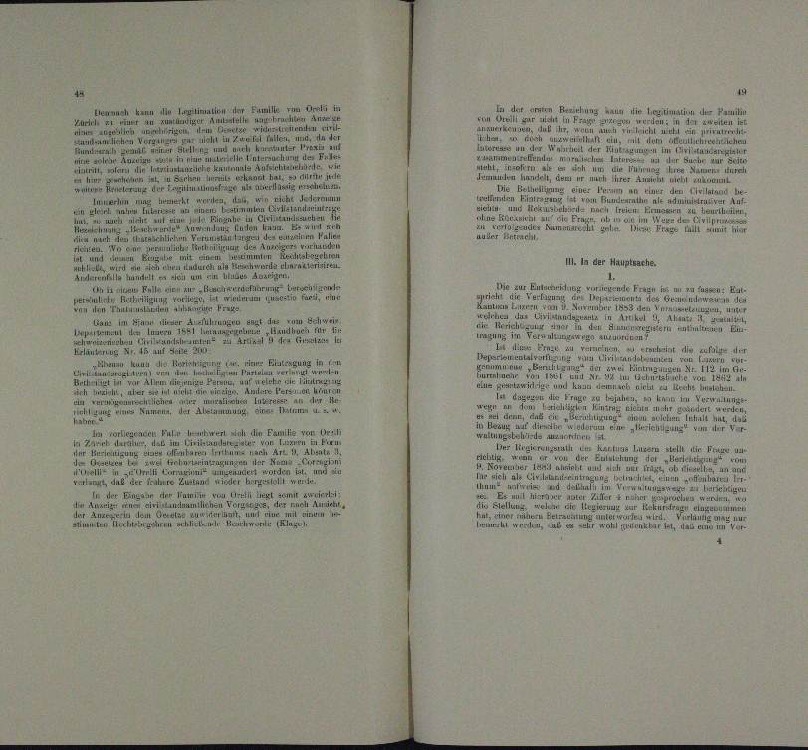
aten der Famille in
Eier
Kurie

4

u
u

u
n
a

uung der

.

etinen den in der eine
i
de

Hecht werden.
In
 en sicher dekommen
andan

n
n
n
u
i

n
t
u
na

u

M. 18
auptsache.

n
u

zur Entstag versiegende Frau   zu fa
aaren
Fülle wien

nonta des Gren
n
n
e
n
un

Fraue
deren

an 1. Ju
a
Ausführung
 et in zur Be
e

e

tung im B

1
hat die Fal

n
 an. Hier Ehegung
t

Urt
.
 . . . . .
u
Pertig
ze bejahen
kneten

u
n und
b

Bezeugung vom der Ver-
Aezu
denten
t
cn Fuhrwer
len Familie von Urs

.
 Hierath Kalen soll dir Fruz un
a
der Einlichung
.

i

und
und

n

an der Kamin von Orell liegt dem zweierli
er mit einer einen eine er seine
 der Beantum einen vor
Stellung
 der Ansch
u
den Ausrige an
.
u
n
a
n

n

44